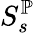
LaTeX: S_{s}^{\mathbb{P}}